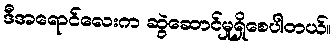
ဒီအရောင်လေးက ဆွဲဆောင်မှုရှိစေပါတယ်။